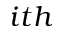
i t h